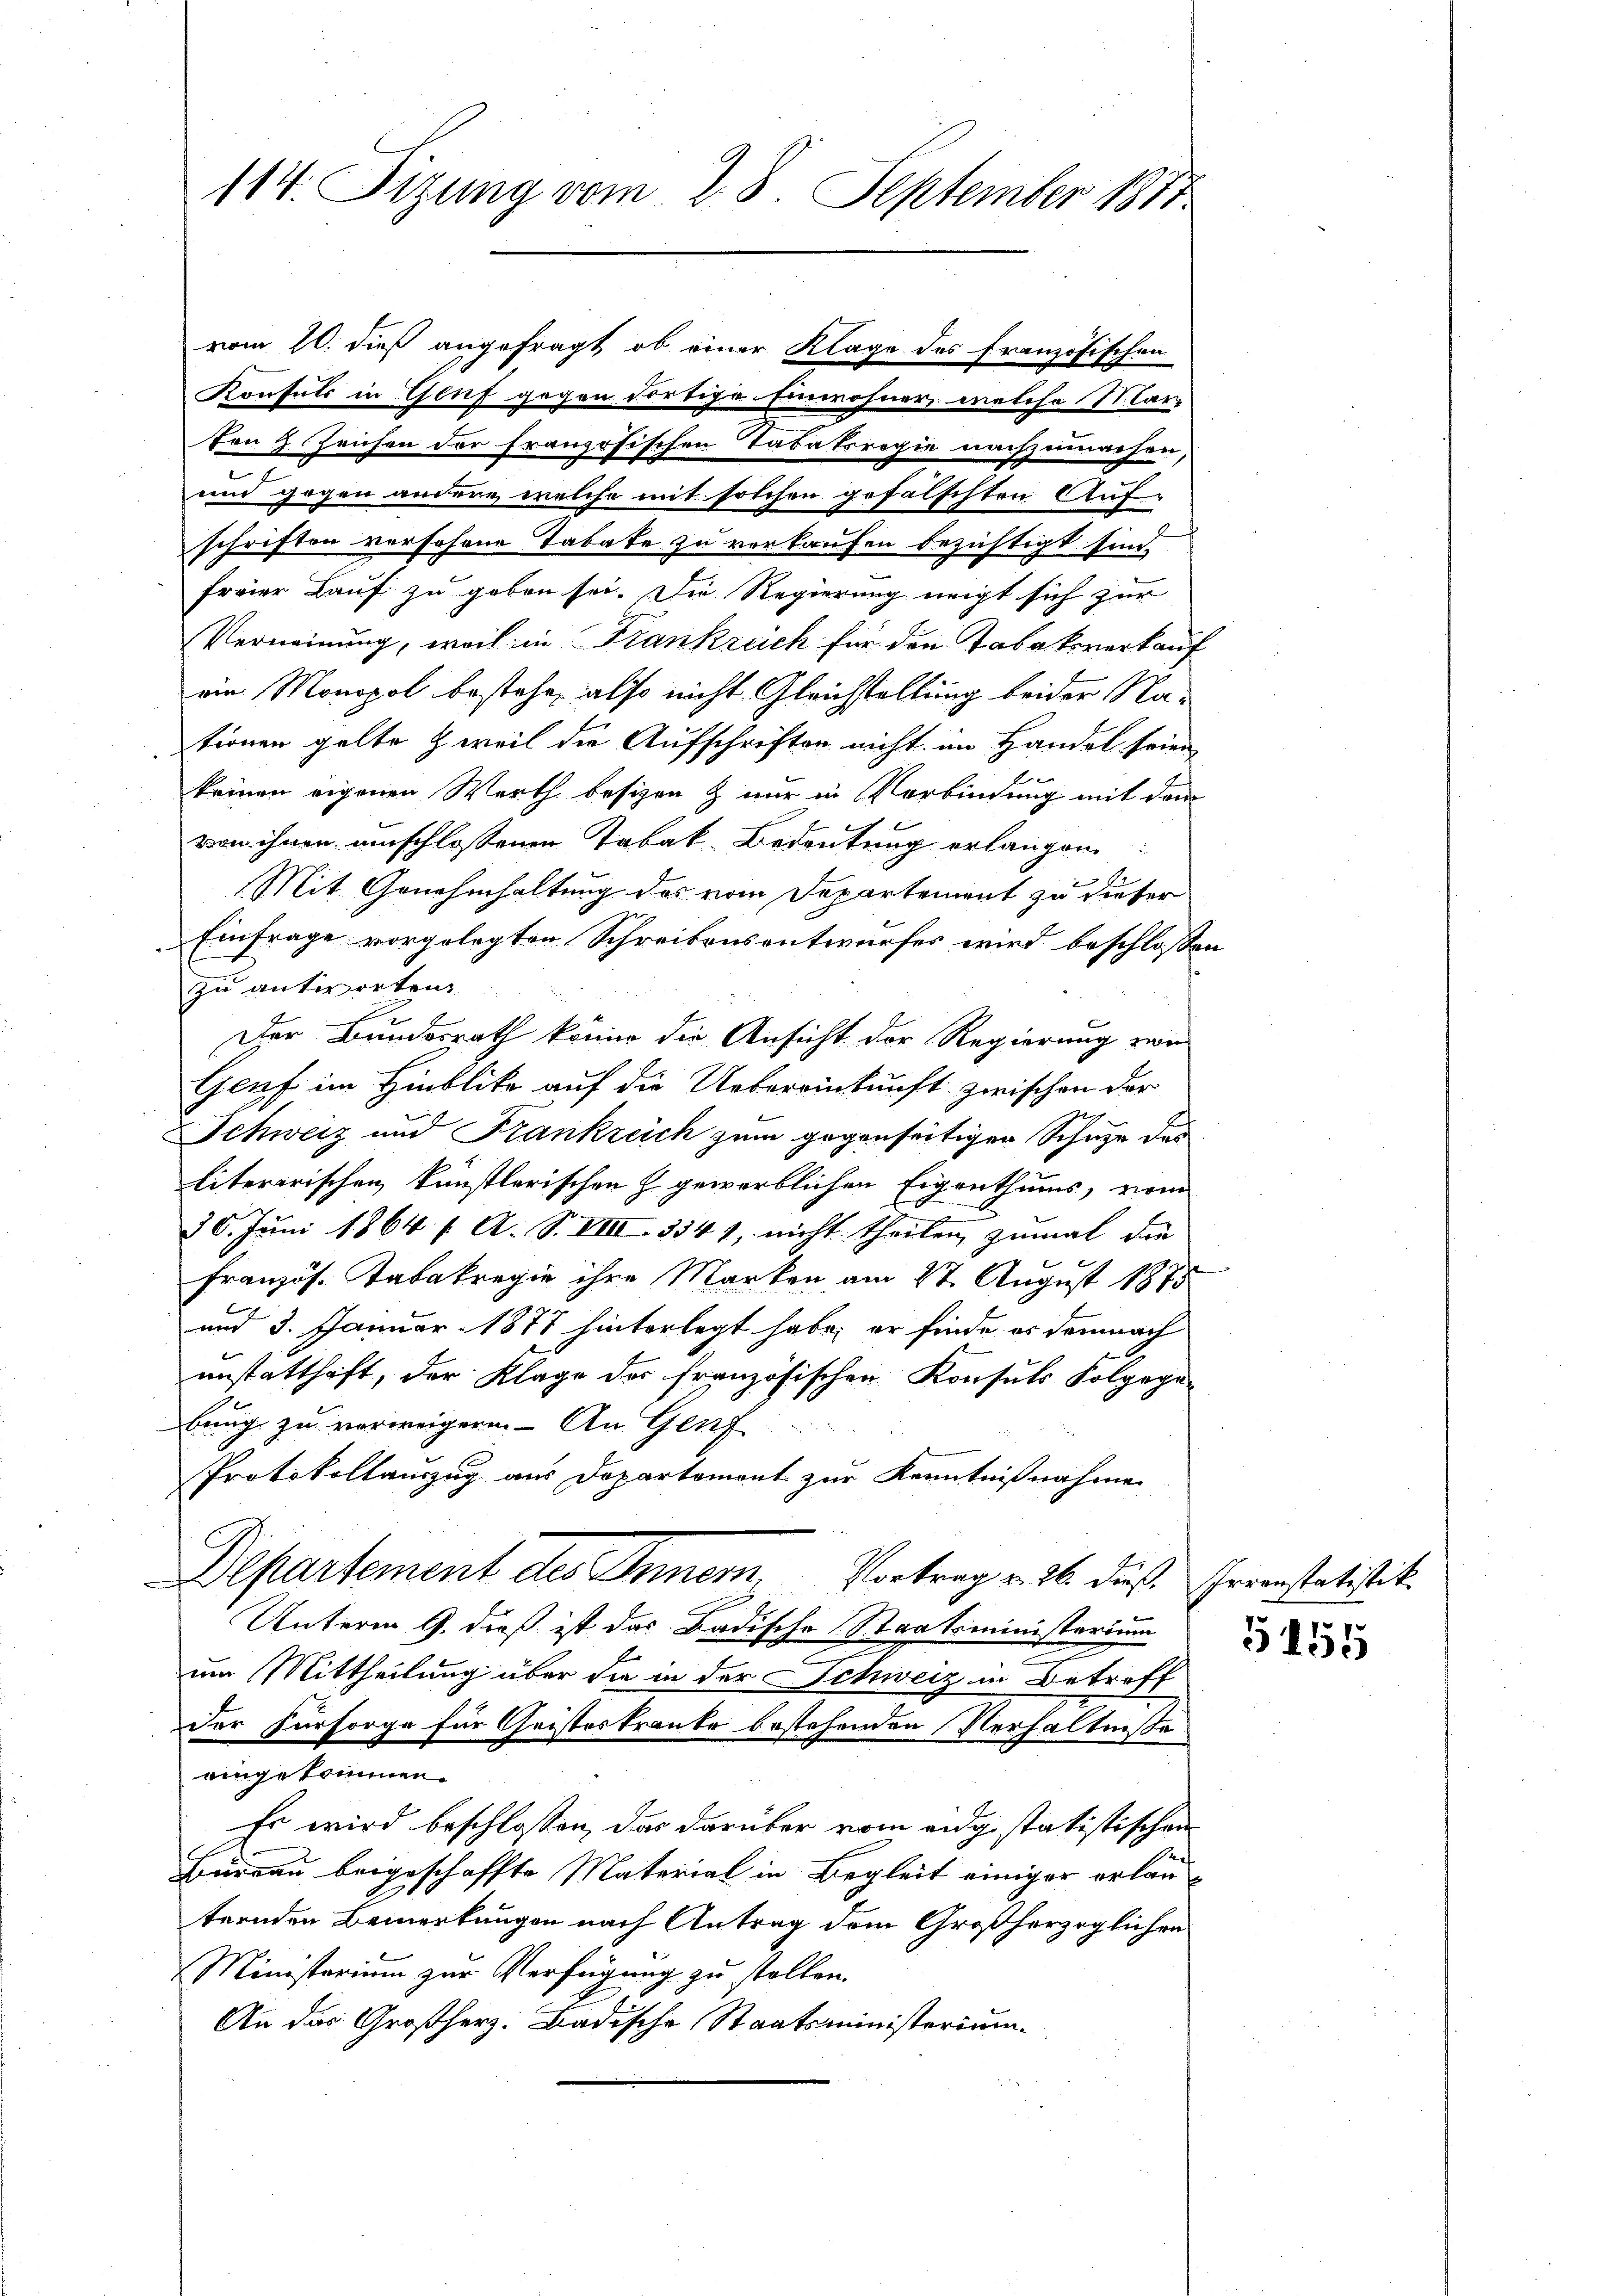
114. Tizung vom 28. September 1871

vom 10. dieß angefragt, ob einer Klage des französischen
Konsuls in Gluf gegen dortige Einwohner, welche Marz
ton Zeichen der französischen Tatatsregie nachzumachen,
e
und gegen andere, welche mit solchen gefälschten Auf-
schriften verschöne Tabate zu verkaufen bezichtigt sind.
freier Lauf zu geben sei. Die Regierung neigt sich zur
Verneinung, weil in Frankreich für den Tabaksverkauf
ein Monopol bestehe, also nicht Gleichstellung beider Nationen gelte zweil die Aufschriften nicht im Handel seien
keinen eigenen Werth besizen & nur in Verbindung mit dem
von ihnen umschlossener Tabak Bedeutung erlangen
Mit Genehmhaltung des vom Departement zu dieser
Einfrage vorgelegten Schreibensentwurfes wird beschlossen
zu antworten.
Der Bundesrath könne die Ansicht der Regierung von
Genf im Hinblicke auf die Uebereinkunft zwischen dor
Schweiz und Frankreich zum gegenseitigen Schule des
literarischen künstlerischen & gewerblichen Eigenthums, vom
20. Juni 1864 f. A. S. VIII 334), nicht theilen zumal die
französ. Tabakregie ihre Marken am 27. August 1875
und 3. Januar 1877 hinterlegt habe; er finde es demnach
unstatthaft, der Klage der französischen Konsuls Folgege-
bung zu verweigern. – An Genf
Protokollauszug aus Dopartement zur Kenntnißnahme
Departement des Innern, Vortrag v. 26. dieß. Irrenstatistik.
Unterm 9. dieß ist das Badische Staatsministerium
um Mittheilung über die in der Schweiz in Betreff
Der Fürsorge für Geisteskranke bestehenden Verhältniße
eingekommen.
Es wird beschlossen, das darüber vom eidg statistischen
Buerau beigeschaffte Material in Begleit einiger erlauternden Bemerkungen nach Antrag dem Großherzoglichen
Ministerium zur Verfügung zu stellen.
An das Großherz. Badische Staatsministerium

5155